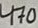
Text: 170